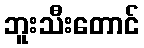
ဘူးသီးတောင်